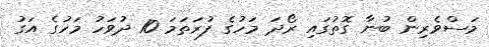
މަސްވެރިން ބުނާ ގޮތުގައި ރޯދަ މަހުގެ ފުރަތަމަ 10 ދުވަހު މަހުގެ އަގު